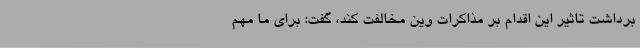
برداشت تاثیر این اقدام بر مذاکرات وین مخالفت کند، گفت: برای ما مهم